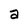
Character: a